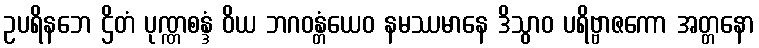
ဥပရိနဘေ ဌိတံ ပုဏ္ဏစန္ဒံ ဝိယ ဘဂဝန္တံယေဝ နမဿမာနေ ဒိသွာဝ ပရိဗ္ဗာဇကော အတ္တနော